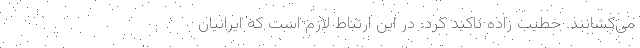
می‌کشانند. خطیب زاده تاکید کرد: در این ارتباط لازم است که ایرانیان